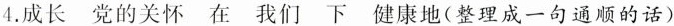
4.成长 党的关怀 在 我们 下 健康地(整理成一句通顺的话)